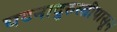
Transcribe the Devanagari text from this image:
घटनादुरुस्तीपासून